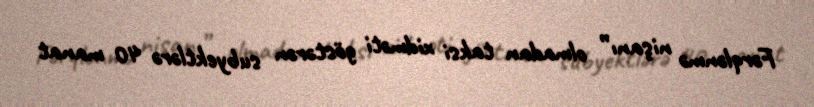
Fərqlənmə nişanı” olmadan taksi xidməti göstərən subyektlərə 40 manat